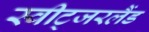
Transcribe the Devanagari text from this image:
स्वीट्‍जरलैंड